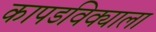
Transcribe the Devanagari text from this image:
कापडविक्याला